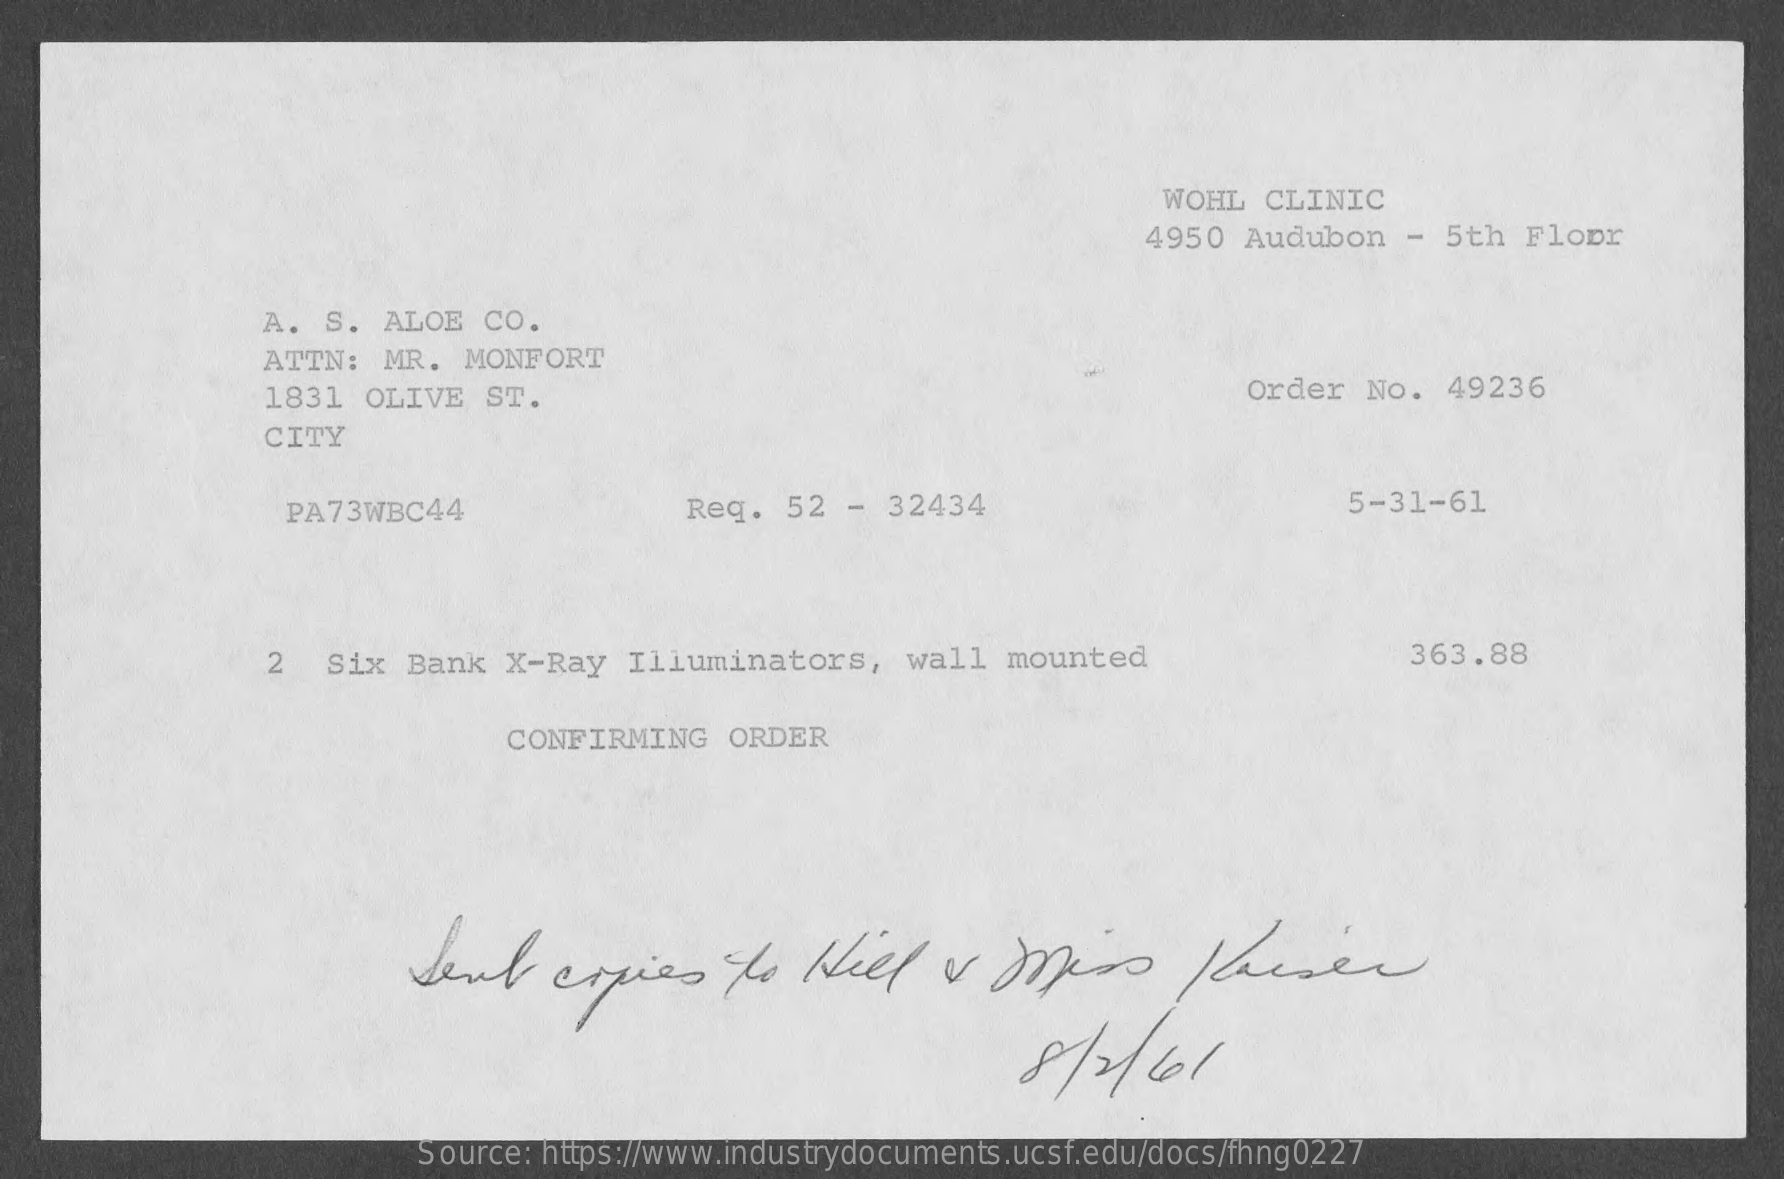
WOHL  CLINIC
     4950  Audubon   - 5th  Floor
     A. S.  ALOE  CO.
     ATTN:  MR.  MONFORT
     1831  OLIVE  ST.    Order  No.  49236
     CITY
     PA73WBC44    Req.  52  -  32434    5-31-61
     2   Six Bank  X-Ray   Illuminators,    wall  mounted    363.88
     CONFIRMING   ORDER
     Sent    copies    to   Hell    v  Mess    Kaiser
     Source: https://www.industrydocuments.ucsf.edu/docs/fhng0227